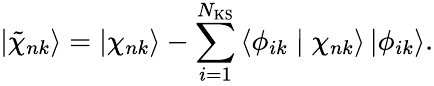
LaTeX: \left|\tilde{\chi}_{nk}\right\rangle=\left|\chi_{nk}\right\rangle-\sum_{i=1}^{N_{\mathrm{KS}}}\left\langle\phi_{ik}\mid\chi_{nk}\right\rangle\left|\phi_{ik}\right\rangle.